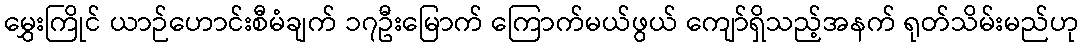
မွှေးကြိုင် ယာဉ်ဟောင်းစီမံချက် ၁၇ဦးမြောက် ကြောက်မယ်ဖွယ် ကျော်ရှိသည့်အနက် ရုတ်သိမ်းမည်ဟု